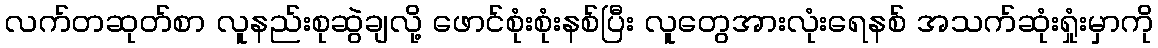
လက်တဆုတ်စာ လူနည်းစုဆွဲချလို့ ဖောင်စုံးစုံးနစ်ပြီး လူတွေအားလုံးရေနစ် အသက်ဆုံးရှုံးမှာကို